Annual vaccination report of Bihar and Orissa - 1911-1928
Year: 1911
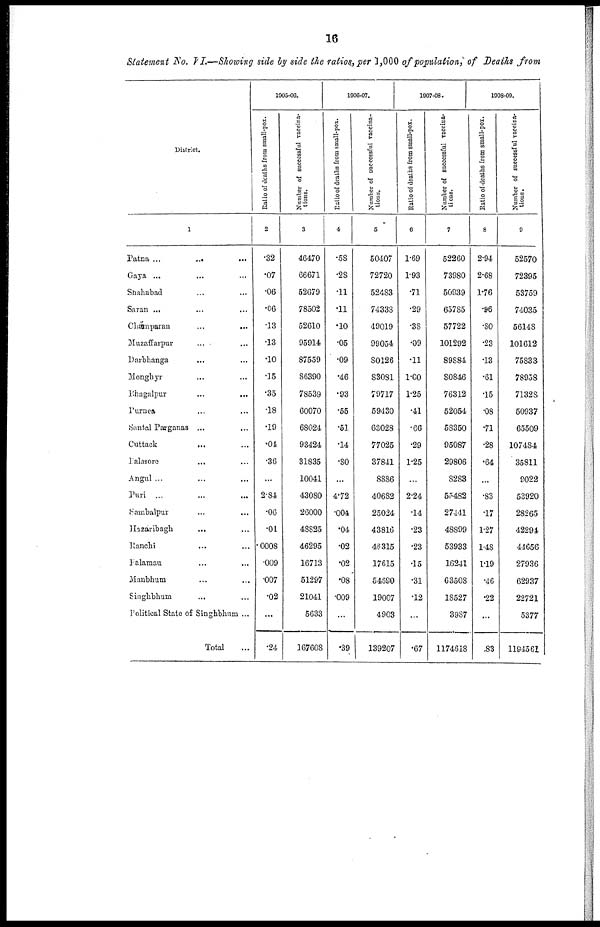
16
Statement No. VI.—Showing side by side the ratios, per 1,000 of population, of Deaths from
District.
1
Patna ...
...
...
Gaya ... ... ...
Shahabad ... ...
Saran ... ... ...
Champaran
...
...
Muzaffarpur ... ...
Darbhanga
... ...
Monghyr ... ...
Bhagalpur
...
...
Purnea ... ...
Santal Parganas ... ...
Cuttack ... ...
Balasore ... ...
Angul ... ... ...
Puri ... ... ...
Sambalpur ... ...
Hazaribagh ... ...
Ranchi ... ...
Palamau ... ...
Manbhum ... ...
Singhbhum
... ...
Political State of Singhbhum ...
Total ...
1905-06.
Ratio of deaths from small-pox.
2
.32
.07
.06
.06
.13
.13
.10
.15
.35
.18
.19
.04
.36
...
2.84
.06
.01
.0008
.009
.007
.02
...
.24
Number of successful vaccina-
tions.
3
46470
66671
52679
78502
52610
95914
87559
86390
78539
60070
68024
93424
31835
10041
43080
26000
48825
46295
16713
51297
21041
5633
167608
1906-07.
Ratio of deaths from small-pox.
4
.58
.28
.11
.11
.10
.05
.09
.46
.93
.55
.51
.14
.80
...
4.72
.004
.04
.02
.02
.08
.009
...
.39
Number of successful vaccina-
tions.
5
50407
72720
52483
74333
49019
99054
80126
83081
79717
59430
63028
77025
37841
8886
40682
25024
43816
46315
17615
54590
19007
4903
139207
1907-08.
Ratio of deaths from small-pox.
6
1.69
1.93
.71
.29
.38
.09
.11
1.00
1.25
.41
.66
.29
1.25
...
2.24
.14
.23
.23
.15
.31
.12
...
.67
Number of successful vaccina-
tions.
7
52260
73980
50939
65785
57722
101292
89884
80846
76312
52054
58350
95087
29806
8283
55482
27441
48899
53933
16341
63508
18527
3987
1174618
1908-09.
Ratio of deaths from small-pox.
8
2.94
2.68
1.76
.96
. 80
.23
.13
.61
.15
.08
.71
.28
.64
...
.83
.17
1.27
1.48
1.19
.46
.22
...
.83
Number of successful vaccina-
tions.
9
52570
72395
53759
74035
56148
101612
75833
78958
71328
50937
65509
107484
35811
9022
53920
28265
42294
44656
27936
62937
22721
5377
1194561